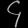
Digit: ၄